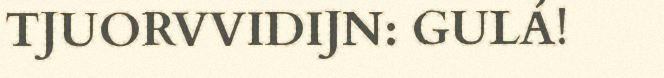
TJUORVVIDIJN: GULÁ!